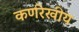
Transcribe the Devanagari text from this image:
कर्णरेखीय